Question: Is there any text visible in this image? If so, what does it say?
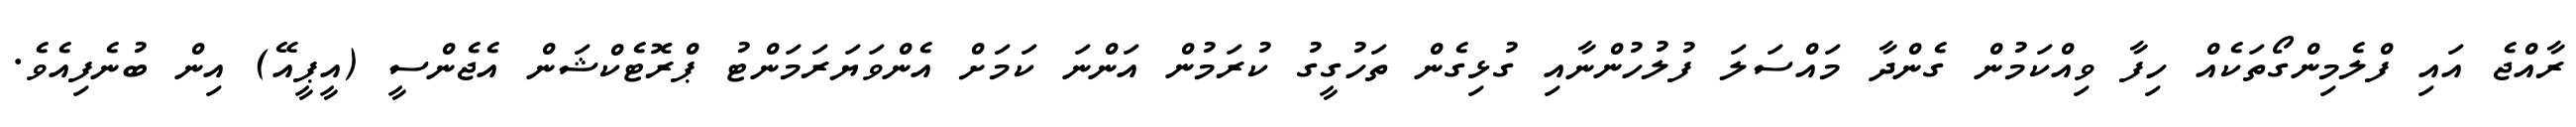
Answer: ރާއްޖެ އައި ފްލެމިންގޯތަކެއް ހިފާ ވިއްކަމުން ގެންދާ މައްސަލަ ފުލުހުންނާއި ގުޅިގެން ތަހުގީގު ކުރަމުން އަންނަ ކަމަށް އެންވަޔަރަމަންޓު ޕްރޮޓެކްޝަން އެޖެންސީ (އީޕީއޭ) އިން ބުނެފިއެވެ.